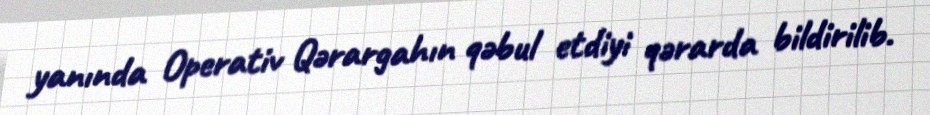
yanında Operativ Qərargahın qəbul etdiyi qərarda bildirilib.